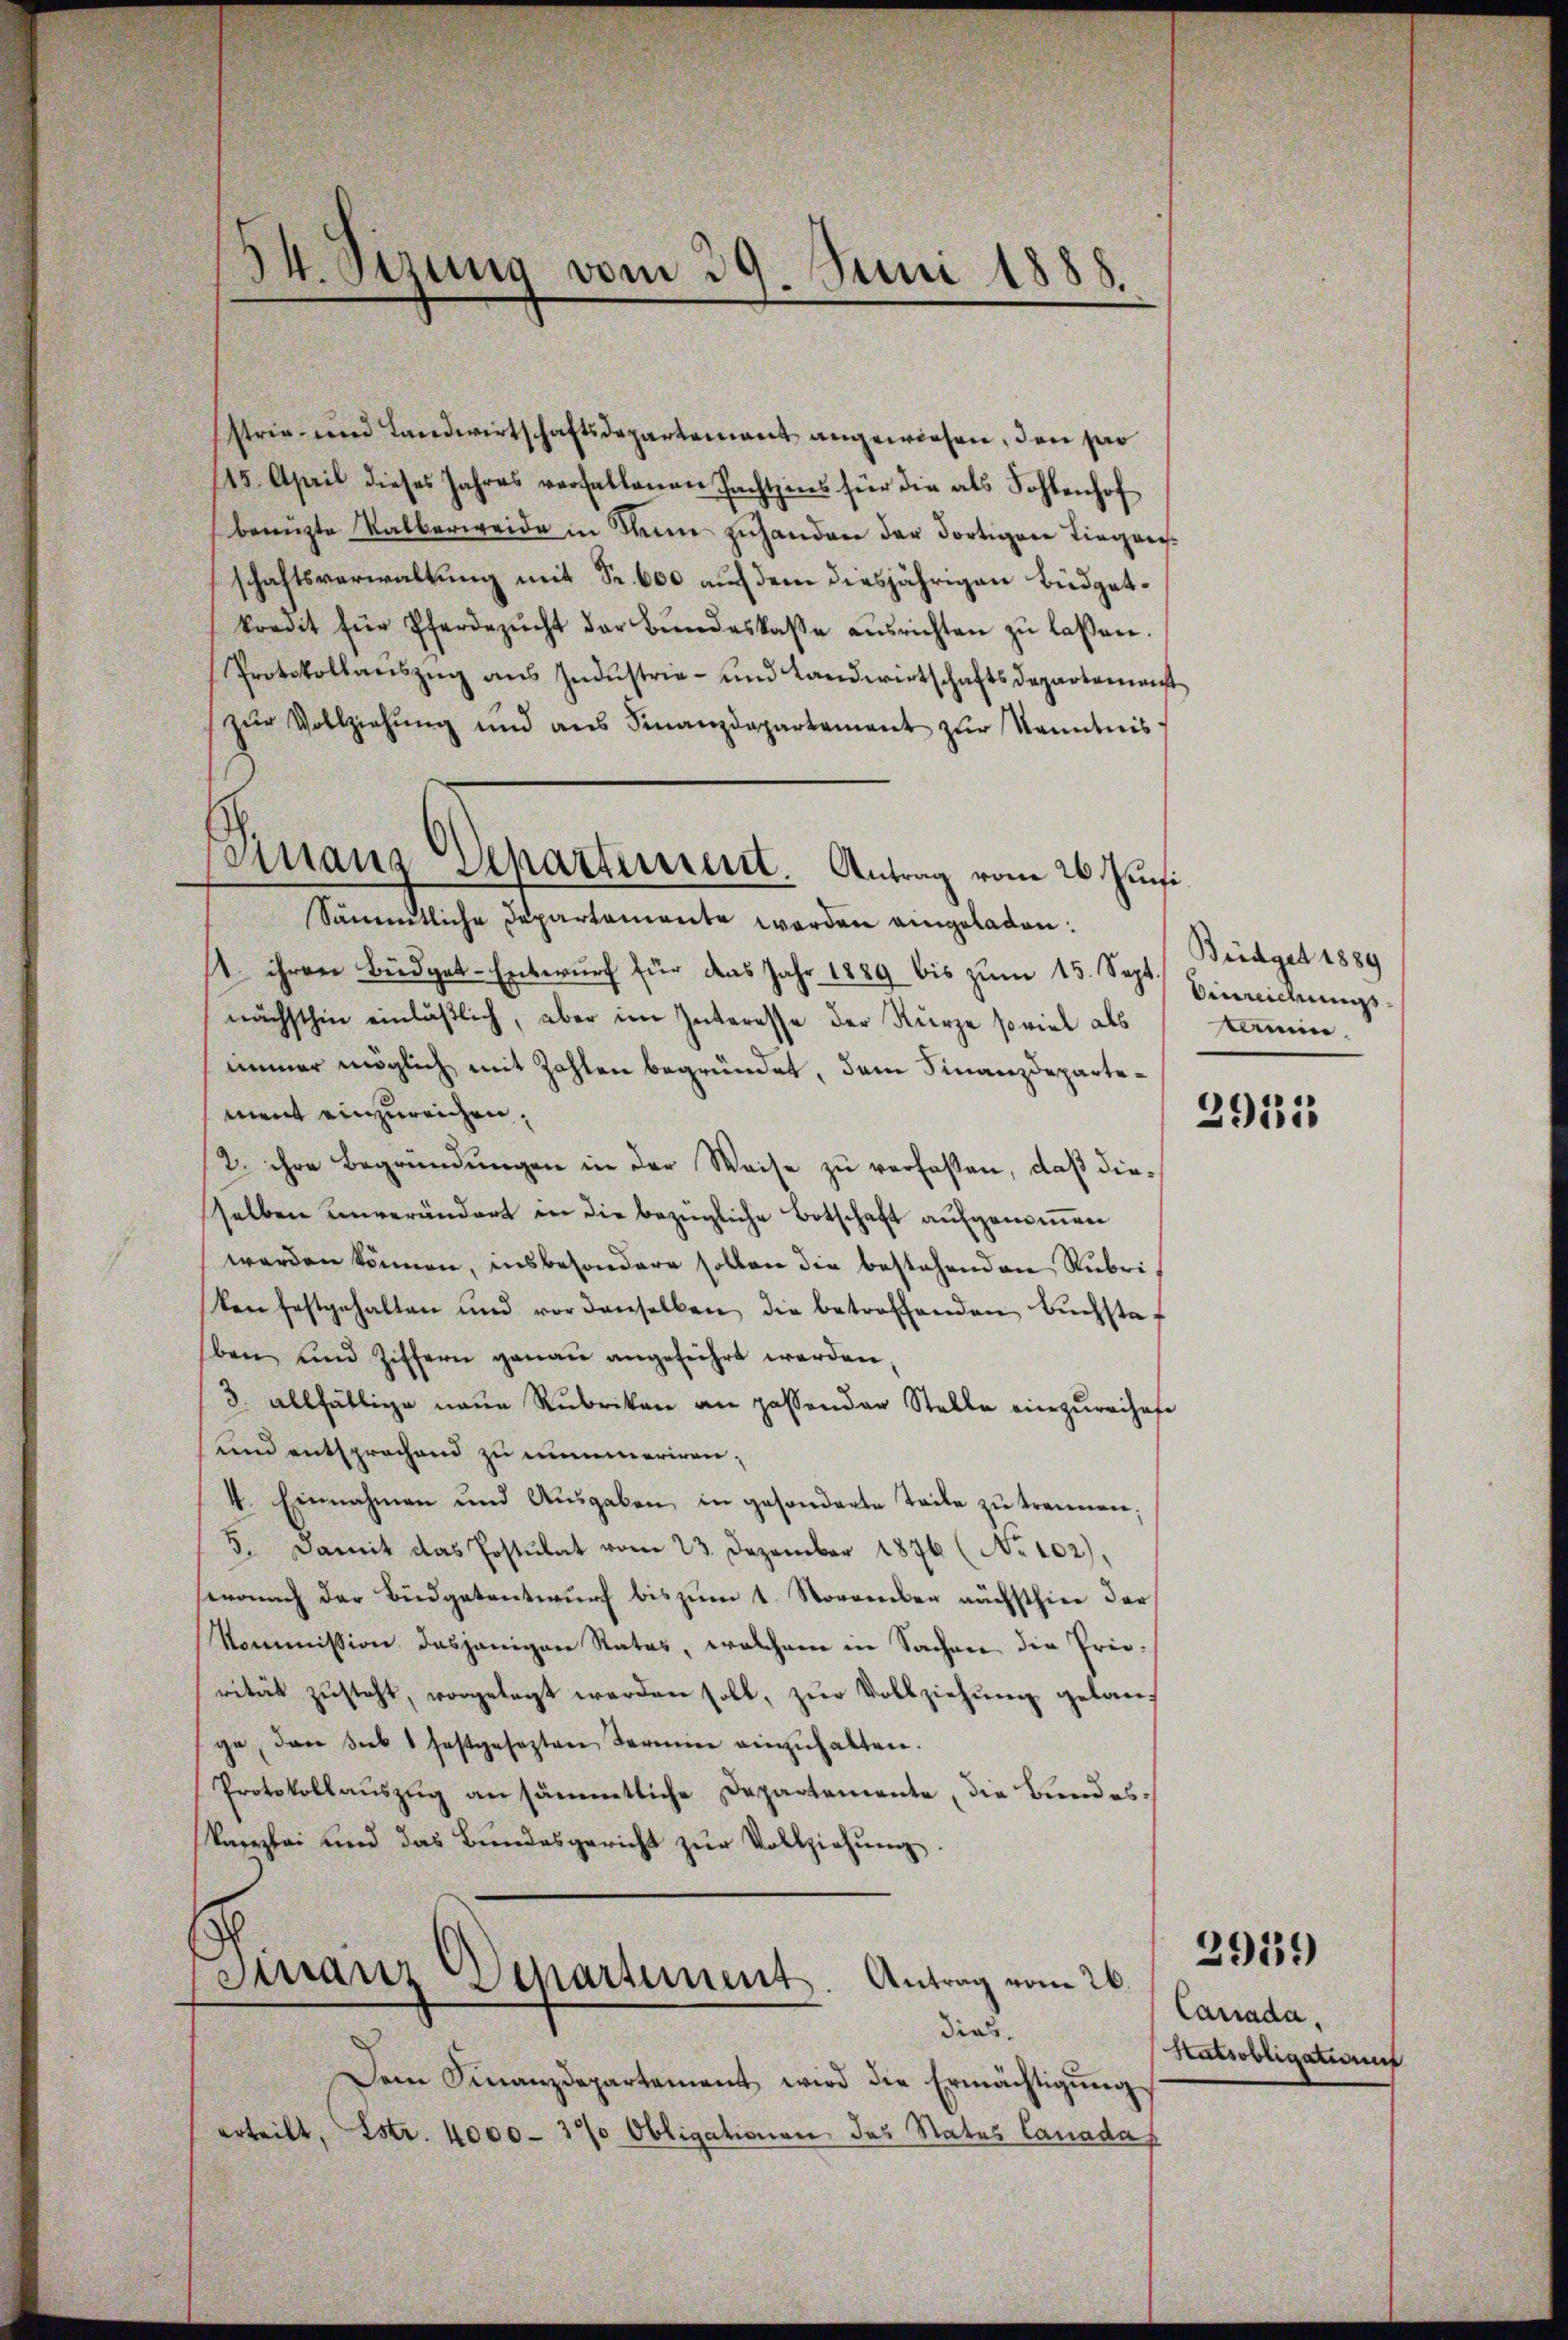
34. Sizung vom 29. Juni 1888.

strie und Landwirtschaftsdepartement angewiesen, den pro
145. April dieses Jahres verfallenen Fachtzins für die als Fohlenhof
benützte Valberweide in Sinne erhanden der dortigen Liegenschaftsverwaltung mit Fr. 600 auf dem diesjährigen Büdgetkredit für Pferdezŭcht der Bŭndeskasse aŭsrichten zŭ lassen.
Protokollauszug aus Industrie- und Landwirtschaftsdepartemonst
zŭr Vollziehŭng und aŭs Finanzdepartement zŭr Kenntnis
1. ihren Büdget-Entwŭrf für das Jahr 1889 bis zŭm 15. Sept. Bereichungsnächsthin einläßlich, aber im Interesse der Kurze soviel als
immer möglich mit Zahlen begründet, dem Finanzdepartement einzureichen.
2. ihre Begründungen in der Weise zu verfaßen, daß dieselben unverändert in die bezügliche Botschaft aufgenommen
werden können, insbesondere sollen die bestehenden Rubriken festgehalten und vor denselben die betroffenden Buchstaf
ben und Ziffern genau angeführt werden,
3. allfällige neue Rubriken an passender Stelle einzureihafe
und entsprechend zu immeriren;
4. Einnahmen und Aŭsgaben in gesonderte Teile zŭ trennen;
3. Damit das Postulat vom 23. Dezember 1876 (No 102),
wonach der Budgetantwurf bis zum 1. November nächsthier der
Kommission dasjenigen Rates, welchem in Sachen die Prierität zŭsteht, vorgelegt werden soll, zŭr Vollziehŭng gelan
ge, den sub 1 festgesetzten Termin einzuhalten.
Protokollauszug an sämmtliche Departemente, die Bundeskanzlei und das Bŭndesgericht zŭr Vollziehŭng.
Franz Departement. Antrag vom 26.
dias.
Dem Finanzdepartement wird die Ermächtigŭng
erteilt, Estr. 4000 - 3% Obligationen das Status Canadas

Finanz Separtement. Antrag vom 26. Juni
Sämmtliche Departamente werden eingeladen.

Büdget 1889
kamen.
2915

Canada,
Satsobligatione

2919)